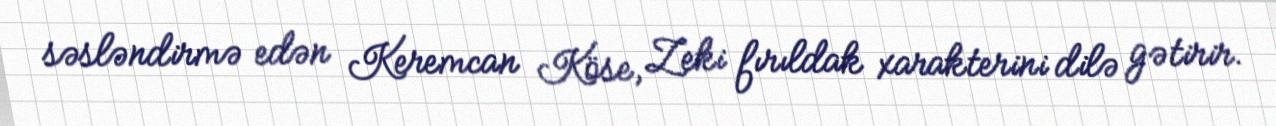
səsləndirmə edən Keremcan Köse, Zeki fırıldak xarakterini dilə gətirir.